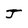
Character: J